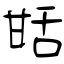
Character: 甛